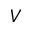
V